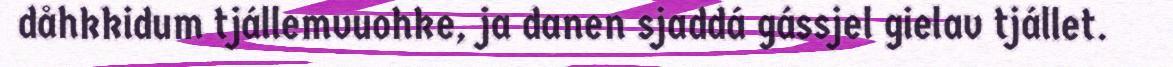
dåhkkidum tjállemvuohke, ja danen sjaddá gássjel gielav tjállet.